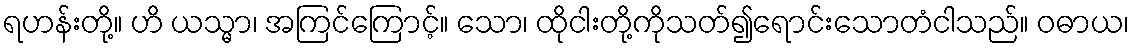
ရဟန်းတို့။ ဟိ ယသ္မာ၊ အကြင်ကြောင့်။ သော၊ ထိုငါးတို့ကိုသတ်၍ရောင်းသောတံငါသည်။ ဝဓာယ၊